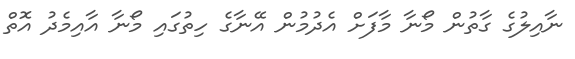
ނާއިލުގެ ގާތުން މޯނާ މާފަށް އެދުމުން އޭނާގެ ހިތުގައި މޯނާ އާއިމެދު އޮތް